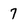
Character: 7